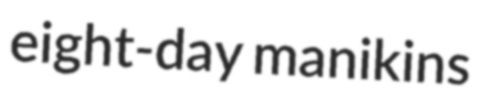
eight-day manikins